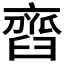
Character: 𦦏